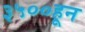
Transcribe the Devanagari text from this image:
३५००हून